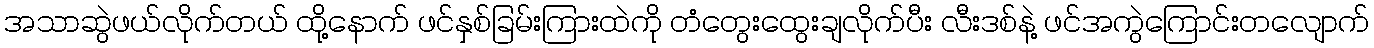
အသာဆွဲဖယ်လိုက်တယ် ထို့နောက် ဖင်နှစ်ခြမ်းကြားထဲကို တံတွေးထွေးချလိုက်ပီး လီးဒစ်နဲ့ ဖင်အကွဲကြောင်းတလျောက်